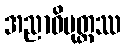
အညာဝိမုတ္တဿ